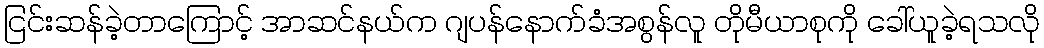
ငြင်းဆန်ခဲ့တာကြောင့် အာဆင်နယ်က ဂျပန်နောက်ခံအစွန်လူ တိုမီယာစုကို ခေါ်ယူခဲ့ရသလို